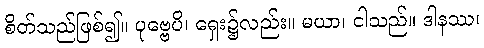
စိတ်သည်ဖြစ်၍။ ပုဗ္ဗေပိ၊ ရှေး၌လည်း။ မယာ၊ ငါသည်။ ဒါနဿ၊